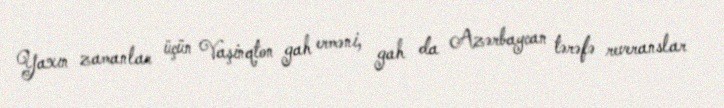
Yaxın zamanlar üçün Vaşinqton gah erməni, gah da Azərbaycan tərəfə reveranslar